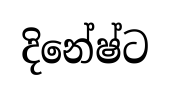
දිනේෂ්ට